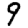
Digit: 9